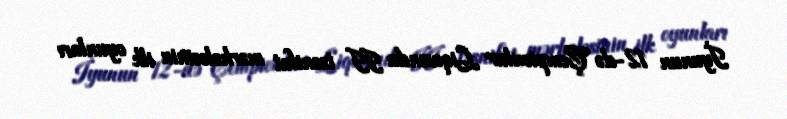
İyunun 12-də Çempionlar Liqasında II təsnifat mərhələsinin ilk oyunları